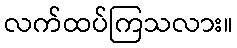
လက်ထပ်ကြသလား။